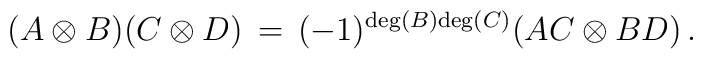
(A \otimes B)(C \otimes D)\,=\,(-1)^{{\rm deg}(B){\rm deg}(C)}(AC \otimes BD)\,.